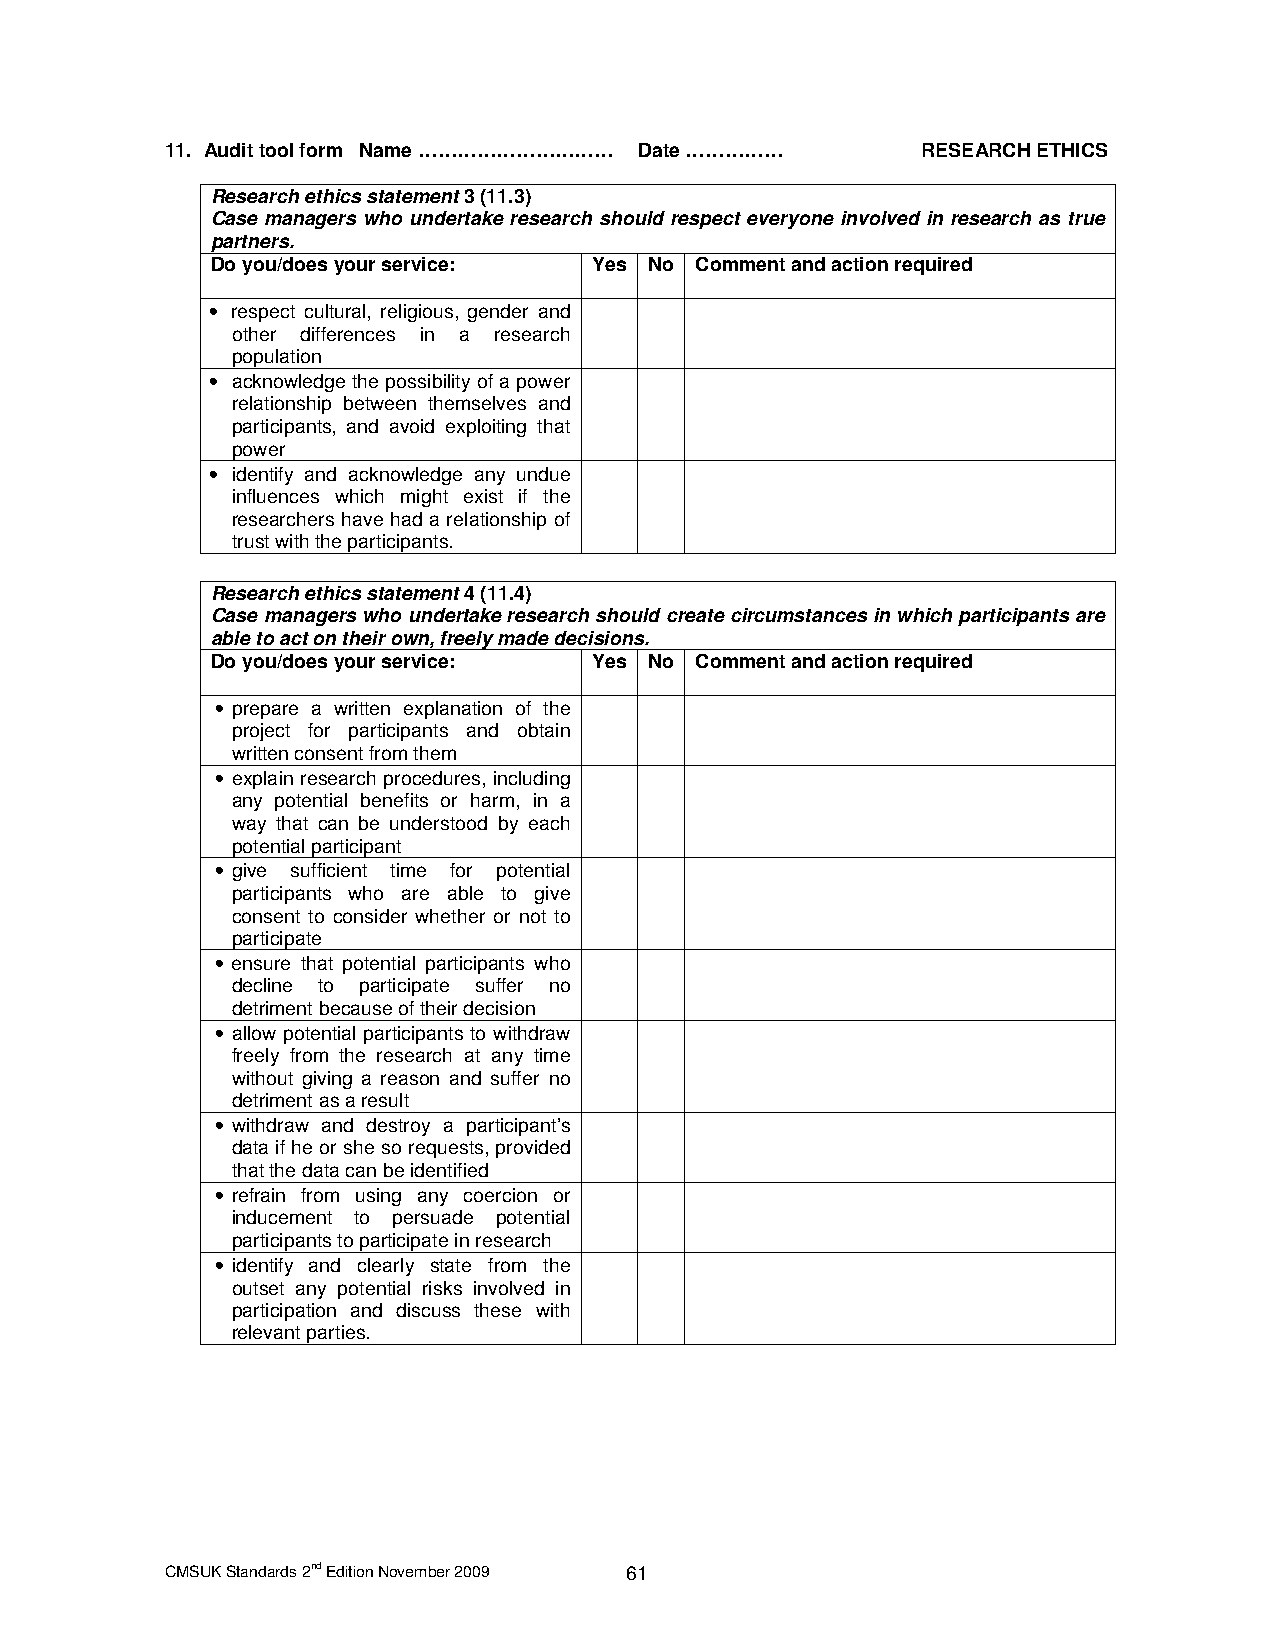
11. Audit tool form Name ………………………… Date ……………    RESEARCH ETHICS
 Research ethics statement 3 (11.3)
 Case managers who undertake research should respect everyone involved in research as true
 partners.
 Do you/does your service: Yes No Comment and action required
 • respect cultural, religious, gender and
 other differences in a research
 population
 • acknowledge the possibility of a power
 relationship between themselves and
 participants, and avoid exploiting that
 power
 • identify and acknowledge any undue
 influences which might exist if the
 researchers have had a relationship of
 trust with the participants.
 Research ethics statement 4 (11.4)
 Case managers who undertake research should create circumstances in which participants are
 able to act on their own, freely made decisions.
 Do you/does your service: Yes No Comment and action required
 • prepare a written explanation of the
 project for participants and obtain
 written consent from them
 • explain research procedures, including
 any potential benefits or harm, in a
 way that can be understood by each
 potential participant
 • give sufficient time for potential
 participants who are able to give
 consent to consider whether or not to
 participate
 • ensure that potential participants who
 decline to participate suffer no
 detriment because of their decision
 • allow potential participants to withdraw
 freely from the research at any time
 without giving a reason and suffer no
 detriment as a result
 • withdraw and destroy a participant’s
 data if he or she so requests, provided
 that the data can be identified
 • refrain from using any coercion or
 inducement to persuade potential
 participants to participate in research
 • identify and clearly state from the
 outset any potential risks involved in
 participation and discuss these with
 relevant parties.
 CMSUK Standards 2nd Edition November 2009 61